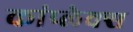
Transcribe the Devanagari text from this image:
कांप्लेक्स